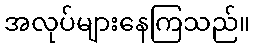
အလုပ်များနေကြသည်။